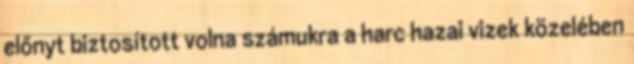
előnyt biztosított volna számukra a harc hazai vizek közelében